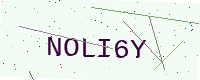
Text: NOLI6Y